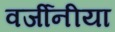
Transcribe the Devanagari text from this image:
वर्जीनीया